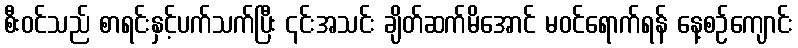
စီး၀င်သည် စာရင်းနှင့်ပက်သက်ပြီး ၎င်းအသင်း ချိတ်ဆက်မိအောင် မဝင်ရောက်ရန် နေ့စဉ်ကျောင်း